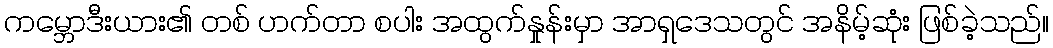
ကမ္ဘောဒီးယား၏ တစ် ဟက်တာ စပါး အထွက်နှုန်းမှာ အာရှဒေသတွင် အနိမ့်ဆုံး ဖြစ်ခဲ့သည်။